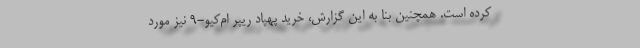
کرده است. همچنین بنا به این گزارش، خرید پهپاد ریپر ام‌کیو-۹ نیز مورد